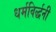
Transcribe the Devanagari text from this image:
धर्मविर्द्धनी